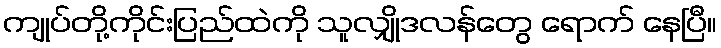
ကျုပ်တို့ကိုင်းပြည်ထဲကို သူလျှိုဒလန်တွေ ရောက် နေပြီ။